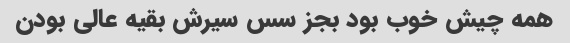
همه چیش خوب بود بجز سس سیرش بقیه عالی بودن